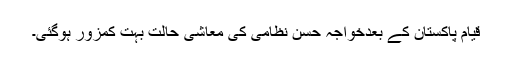
قیام پاکستان کے بعدخواجہ حسن نظامی کی معاشی حالت بہت کمزور ہوگئی۔